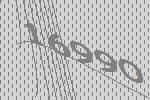
16990